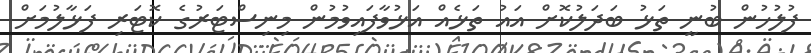
ފުލުހުން ބުނީ ތަޅު ބަދަލުކޮށް އައު ތަޅެއް އަޅުވާފައިވުމުން މިނިސްޓަރުގެ ކޮޓަރި ފަޅާލުމަށް